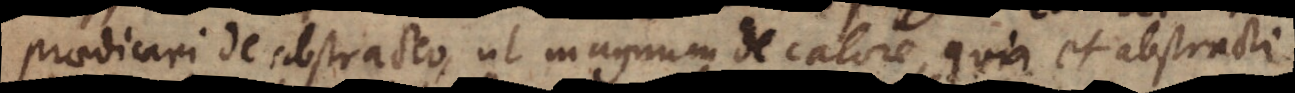
praedicari de abstracto, ut magnum de calore, quia et [abstracto]